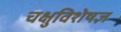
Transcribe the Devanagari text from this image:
चक्षुविशेषज्ञ